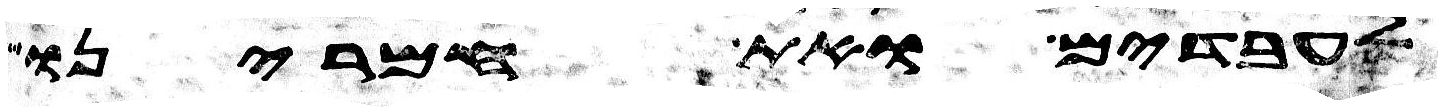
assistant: לעבדים ואת חמרינו